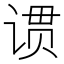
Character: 𬤆